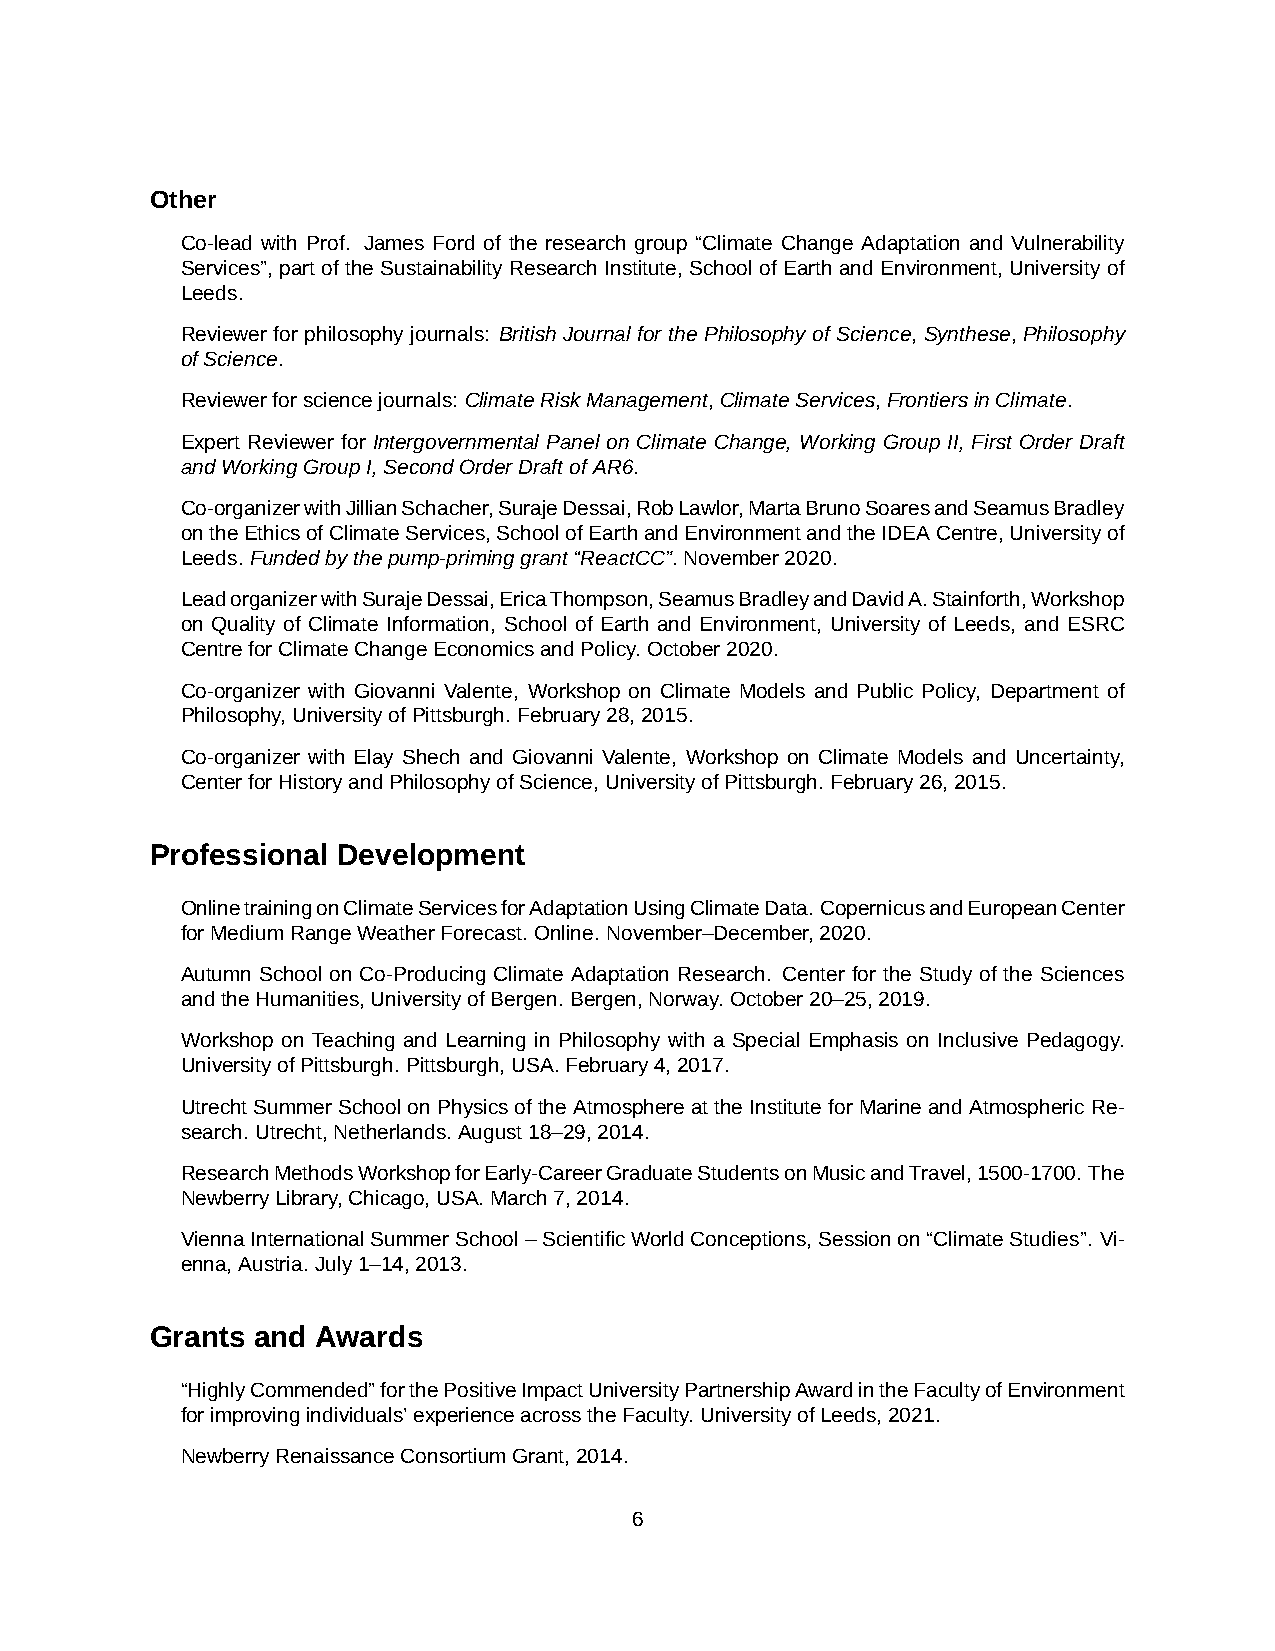
Other
 Co-lead with Prof. James Ford of the research group “Climate Change Adaptation and Vulnerability
 Services”, part of the Sustainability Research Institute, School of Earth and Environment, University of
 Leeds.
 Reviewer for philosophy journals: British Journal for the Philosophy of Science, Synthese, Philosophy
 ofScience.
 Reviewerforsciencejournals: ClimateRiskManagement,ClimateServices,FrontiersinClimate.
 Expert Reviewer for Intergovernmental Panel on Climate Change, Working Group II, First Order Draft
 andWorkingGroupI,SecondOrderDraftofAR6.
 Co-organizerwithJillianSchacher,SurajeDessai,RobLawlor,MartaBrunoSoaresandSeamusBradley
 ontheEthicsofClimateServices,SchoolofEarthandEnvironmentandtheIDEACentre,Universityof
 Leeds. Fundedbythepump-priminggrant“ReactCC”.November2020.
 LeadorganizerwithSurajeDessai,EricaThompson,SeamusBradleyandDavidA.Stainforth,Workshop
 on Quality of Climate Information, School of Earth and Environment, University of Leeds, and ESRC
 CentreforClimateChangeEconomicsandPolicy. October2020.
 Co-organizer with Giovanni Valente, Workshop on Climate Models and Public Policy, Department of
 Philosophy,UniversityofPittsburgh. February28,2015.
 Co-organizer with Elay Shech and Giovanni Valente, Workshop on Climate Models and Uncertainty,
 CenterforHistoryandPhilosophyofScience,UniversityofPittsburgh. February26,2015.
 Professional Development
 OnlinetrainingonClimateServicesforAdaptationUsingClimateData.CopernicusandEuropeanCenter
 forMediumRangeWeatherForecast. Online. November–December,2020.
 Autumn School on Co-Producing Climate Adaptation Research. Center for the Study of the Sciences
 andtheHumanities,UniversityofBergen. Bergen,Norway. October20–25,2019.
 Workshop on Teaching and Learning in Philosophy with a Special Emphasis on Inclusive Pedagogy.
 UniversityofPittsburgh. Pittsburgh,USA.February4,2017.
 UtrechtSummerSchoolonPhysicsoftheAtmosphereattheInstituteforMarineandAtmosphericRe-
 search. Utrecht,Netherlands. August18–29,2014.
 ResearchMethodsWorkshopforEarly-CareerGraduateStudentsonMusicandTravel,1500-1700. The
 NewberryLibrary,Chicago,USA.March7,2014.
 ViennaInternationalSummerSchool–ScientificWorldConceptions,Sessionon“ClimateStudies”. Vi-
 enna,Austria. July1–14,2013.
 Grants and Awards
 “HighlyCommended”forthePositiveImpactUniversityPartnershipAwardintheFacultyofEnvironment
 forimprovingindividuals’experienceacrosstheFaculty. UniversityofLeeds,2021.
 NewberryRenaissanceConsortiumGrant,2014.
 6